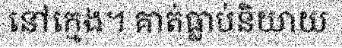
នៅក្មេង។ គាត់ធ្លាប់និយាយ